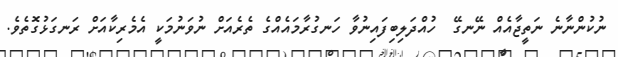
ނުކުންނާނެ ނަތީޖާއެއް ނޭނގޭ  ހުއްދަލިބިފައިނުވާ ހަނގުރާމައެއްގެ ތެރެއަށް ނުވަނުމަކީ އެމެރިކާއަށް ރަނގަޅުގޮތެވެ.